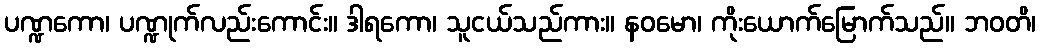
ပဏ္ဍကော၊ ပဏ္ဍုက်လည်းကောင်း။ ဒါရကော၊ သူငယ်သည်ကား။ နဝမော၊ ကိုးယောက်မြောက်သည်။ ဘဝတိ၊